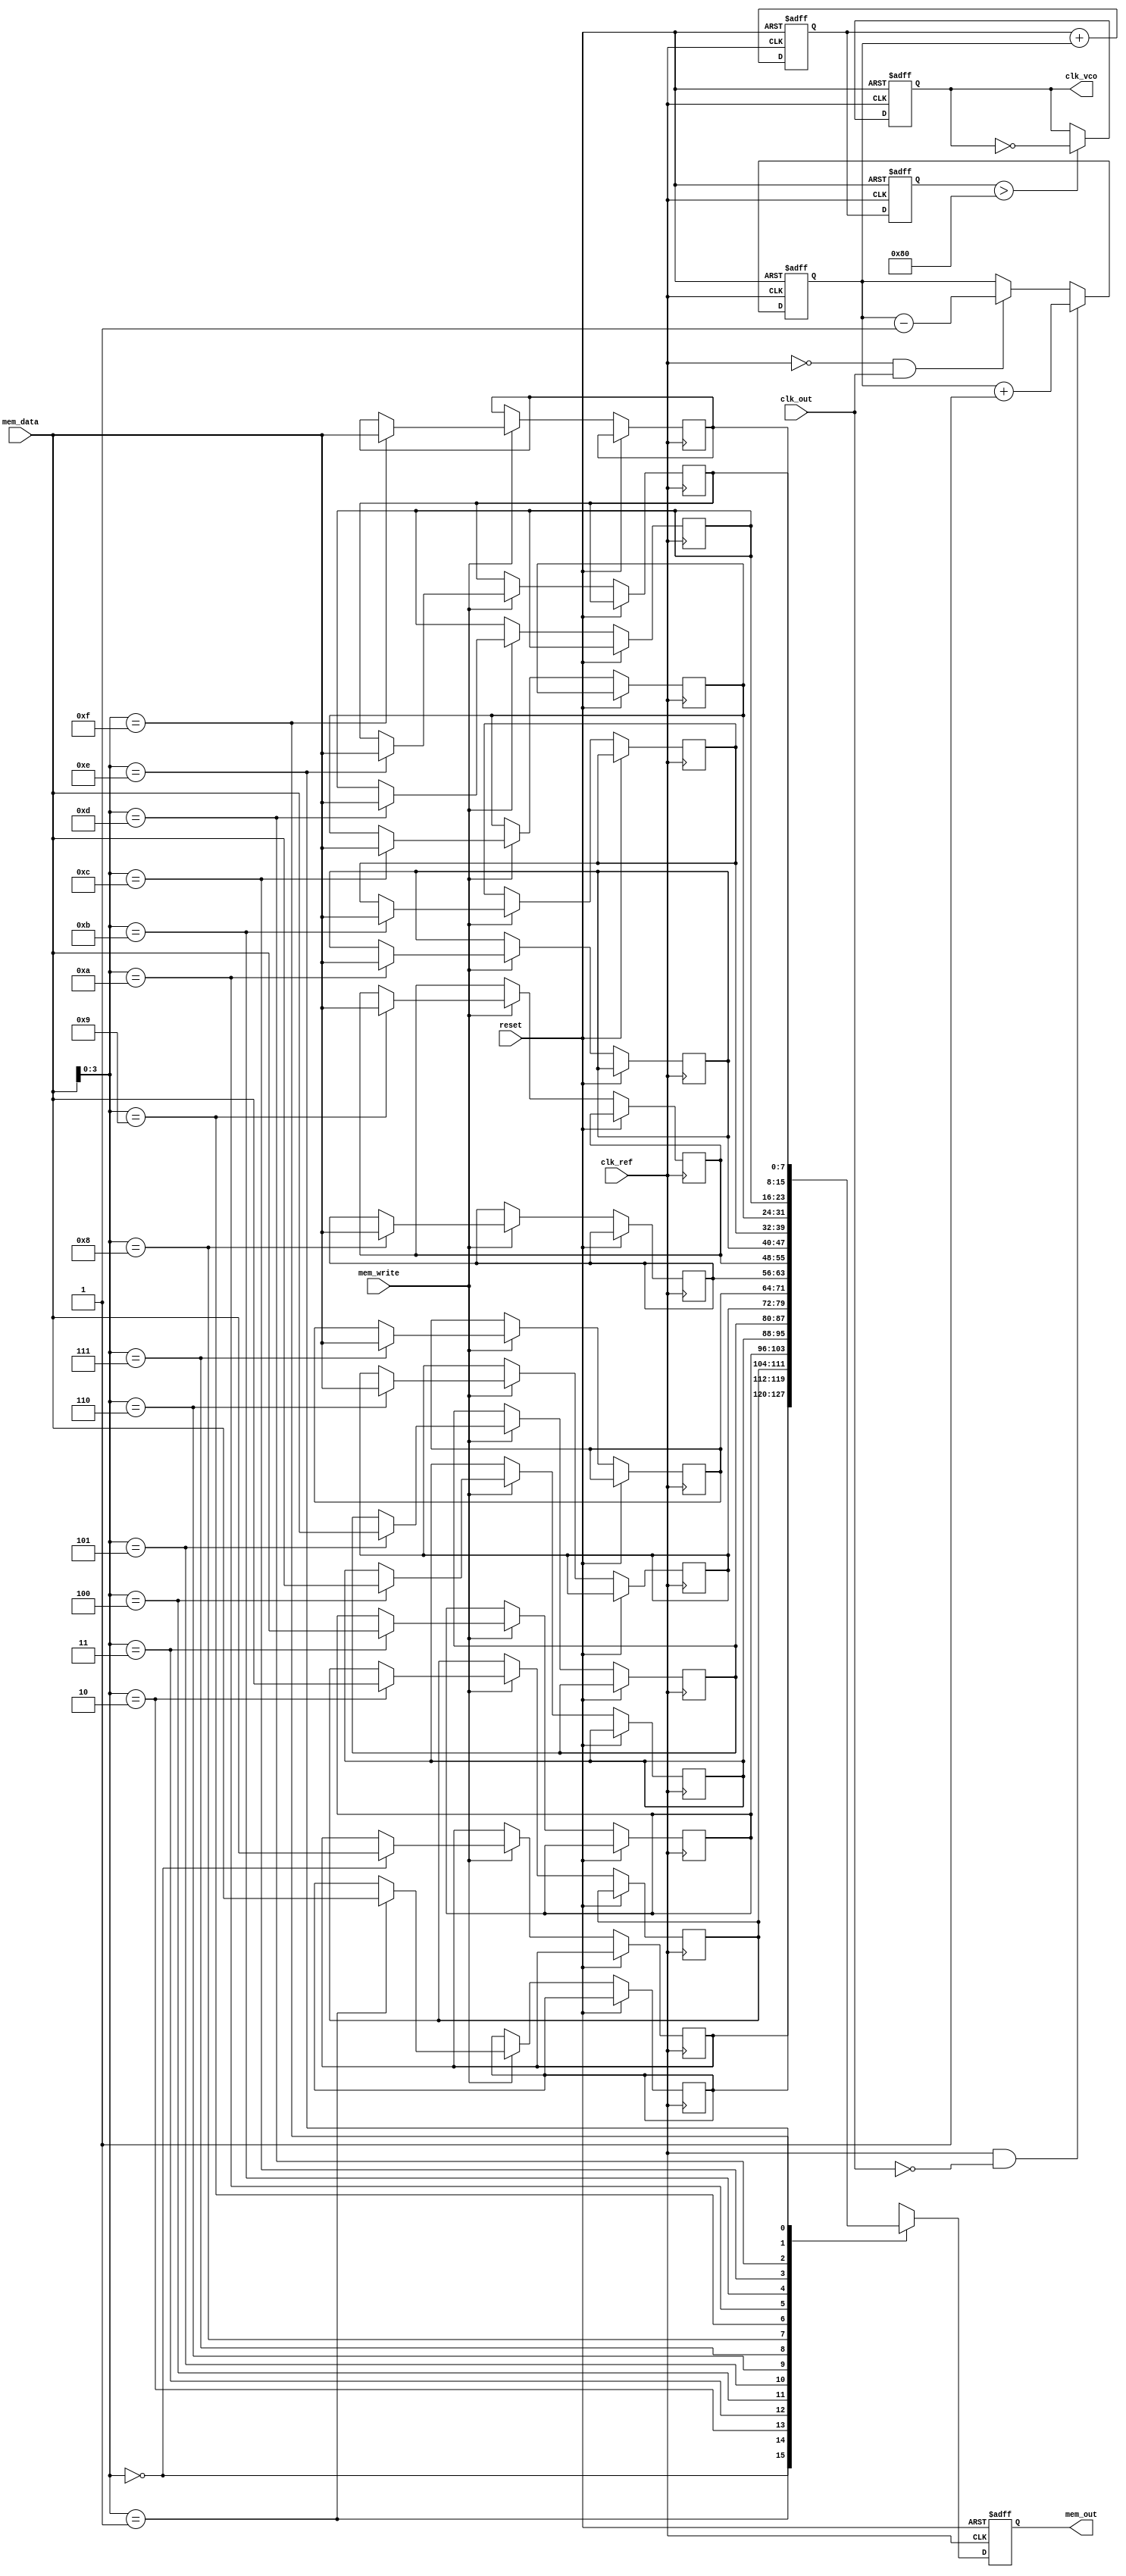
module memory_blocks_linear_pll (
    input wire clk_ref,          // Reference clock input
    input wire clk_out,          // Output clock input for phase comparison
    input wire reset,            // Reset signal
    input wire [7:0] mem_data,   // Data input for memory blocks
    input wire mem_write,        // Memory write enable
    output reg clk_vco,          // Output clock from VCO
    output reg [7:0] mem_out      // Data output from memory blocks
);

// Parameters for the PLL
parameter PHASE_DETECTOR_WIDTH = 8;
parameter FILTER_WIDTH = 8;
parameter VCO_WIDTH = 8;

// Internal signals
reg [PHASE_DETECTOR_WIDTH-1:0] phase_error; // Phase error signal
reg [FILTER_WIDTH-1:0] filter_output;        // Filtered control voltage
reg [VCO_WIDTH-1:0] vco_tuning;              // VCO tuning control
reg [VCO_WIDTH-1:0] vco_frequency;           // VCO frequency output

// Memory block for storing configuration parameters
reg [7:0] memory [0:15]; // 16 x 8-bit memory

// Phase Detector
always @(posedge clk_ref or posedge reset) begin
    if (reset) begin
        phase_error <= 0;
    end else begin
        // Simple phase detector logic
        if (clk_ref && !clk_out) begin
            phase_error <= phase_error + 1; // Output leading
        end else if (!clk_ref && clk_out) begin
            phase_error <= phase_error - 1; // Output lagging
        end
    end
end

// Loop Filter (Simple Integrator)
always @(posedge clk_ref or posedge reset) begin
    if (reset) begin
        filter_output <= 0;
    end else begin
        filter_output <= filter_output + phase_error; // Integrate the phase error
    end
end

// Voltage-Controlled Oscillator (VCO)
always @(posedge clk_ref or posedge reset) begin
    if (reset) begin
        vco_tuning <= 0;
        clk_vco <= 0;
    end else begin
        vco_tuning <= filter_output; // Control voltage from loop filter
        // Simple VCO behavior - toggle clock based on tuning
        if (vco_tuning > 128) begin
            clk_vco <= ~clk_vco; // Toggle output clock
        end
    end
end

// Memory Block Operations
always @(posedge clk_ref or posedge reset) begin
    if (reset) begin
        mem_out <= 0;
    end else begin
        if (mem_write) begin
            memory[mem_data[3:0]] <= mem_data; // Write data to memory
        end
        mem_out <= memory[mem_data[3:0]]; // Read data from memory
    end
end

endmodule